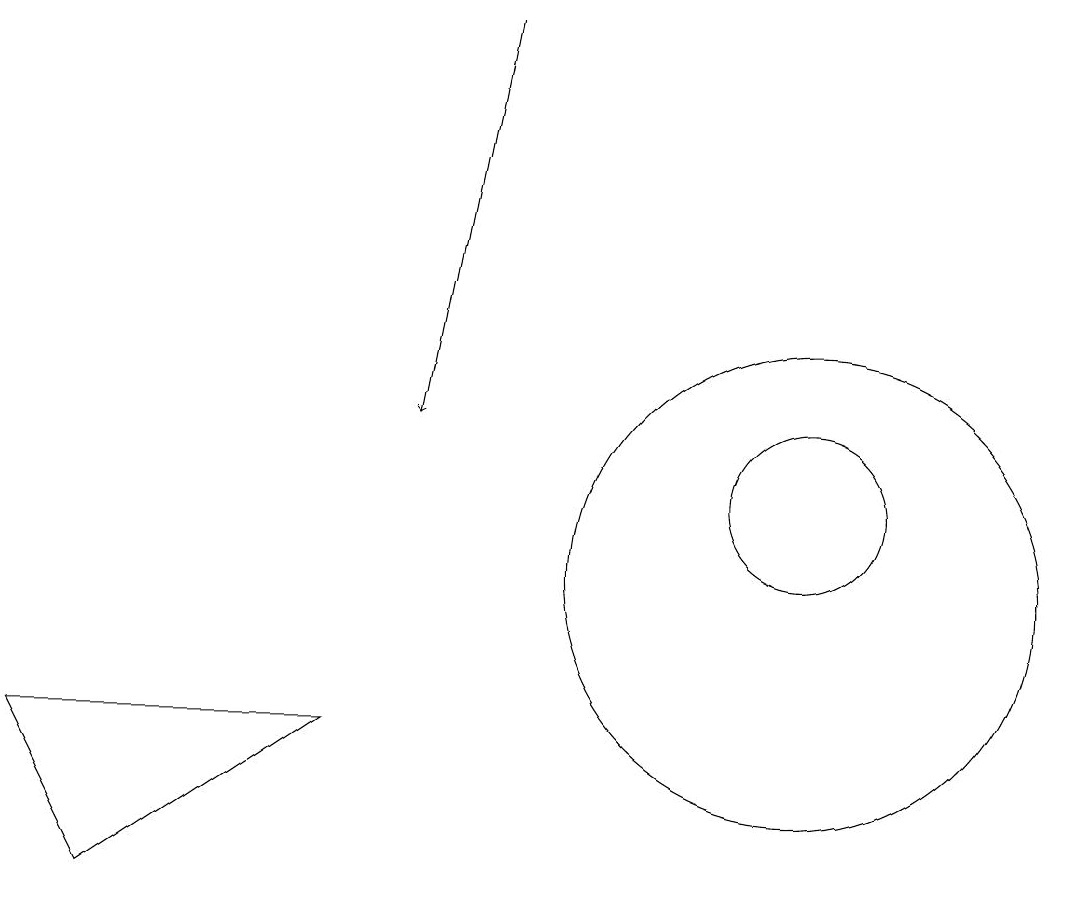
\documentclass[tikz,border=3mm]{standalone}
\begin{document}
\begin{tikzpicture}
\draw[->] (6,17) -- (5,12);
\draw (10,11) circle (1);
\draw (10,10) circle (3);
\draw (0,8) -- (4,8) -- (1,6) -- cycle;
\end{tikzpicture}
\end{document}